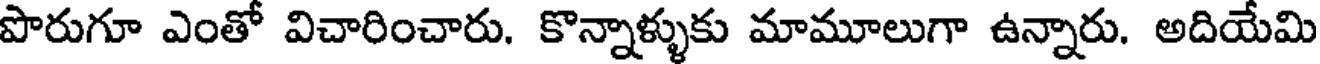
పొరుగూ ఎంతో విచారించారు. కొన్నాళ్ళుకు మామూలుగా ఉన్నారు. అదియేమి